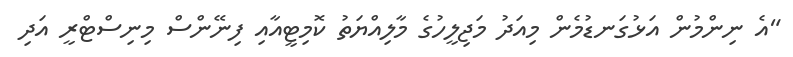
"އެ ނިންމުން އަޅުގަނޑުމެން މިއަދު މަޖިލީހުގެ މާލިއްޔަތު ކޮމިޓީއާއި ފިނޭންސް މިނިސްޓްރީ އަދި